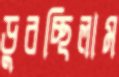
ডুবচ্ছিলাম